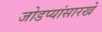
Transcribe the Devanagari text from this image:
जोडप्यांसारखे